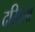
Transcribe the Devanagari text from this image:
दखिला